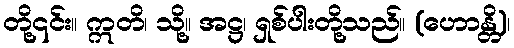
တို့၎င်း။ ဣတိ၊ သို့။ အဋ္ဌ၊ ရှစ်ပါးတို့သည်။ (ဟောန္တိ)၊